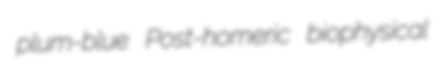
plum-blue Post-homeric biophysical